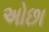
અોછા